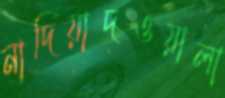
নাদিয়াদওয়ালা